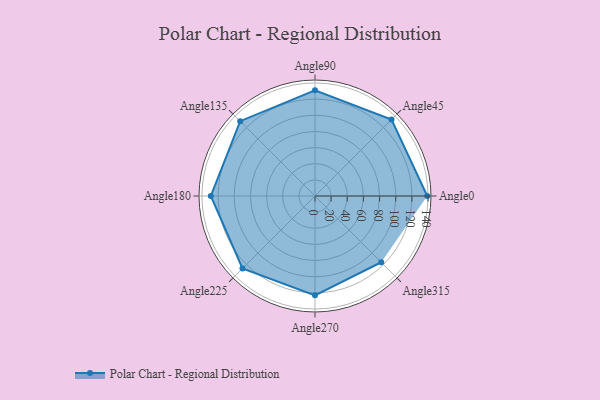
{"axis": {"x": "Angle", "y": "Radius"}, "legend": [""], "data": [{"x": "Angle0", "y": 139.0, "type": ""}, {"x": "Angle45", "y": 134.0, "type": ""}, {"x": "Angle90", "y": 131.0, "type": ""}, {"x": "Angle135", "y": 131.0, "type": ""}, {"x": "Angle180", "y": 129.0, "type": ""}, {"x": "Angle225", "y": 127.0, "type": ""}, {"x": "Angle270", "y": 123.0, "type": ""}, {"x": "Angle315", "y": 116.0, "type": ""}]}